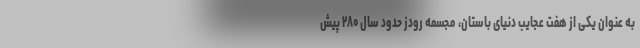
به عنوان یکی از هفت عجایب دنیای باستان، مجسمه رودز حدود سال ۲۸۰ پیش